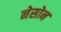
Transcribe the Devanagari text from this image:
नेसोन